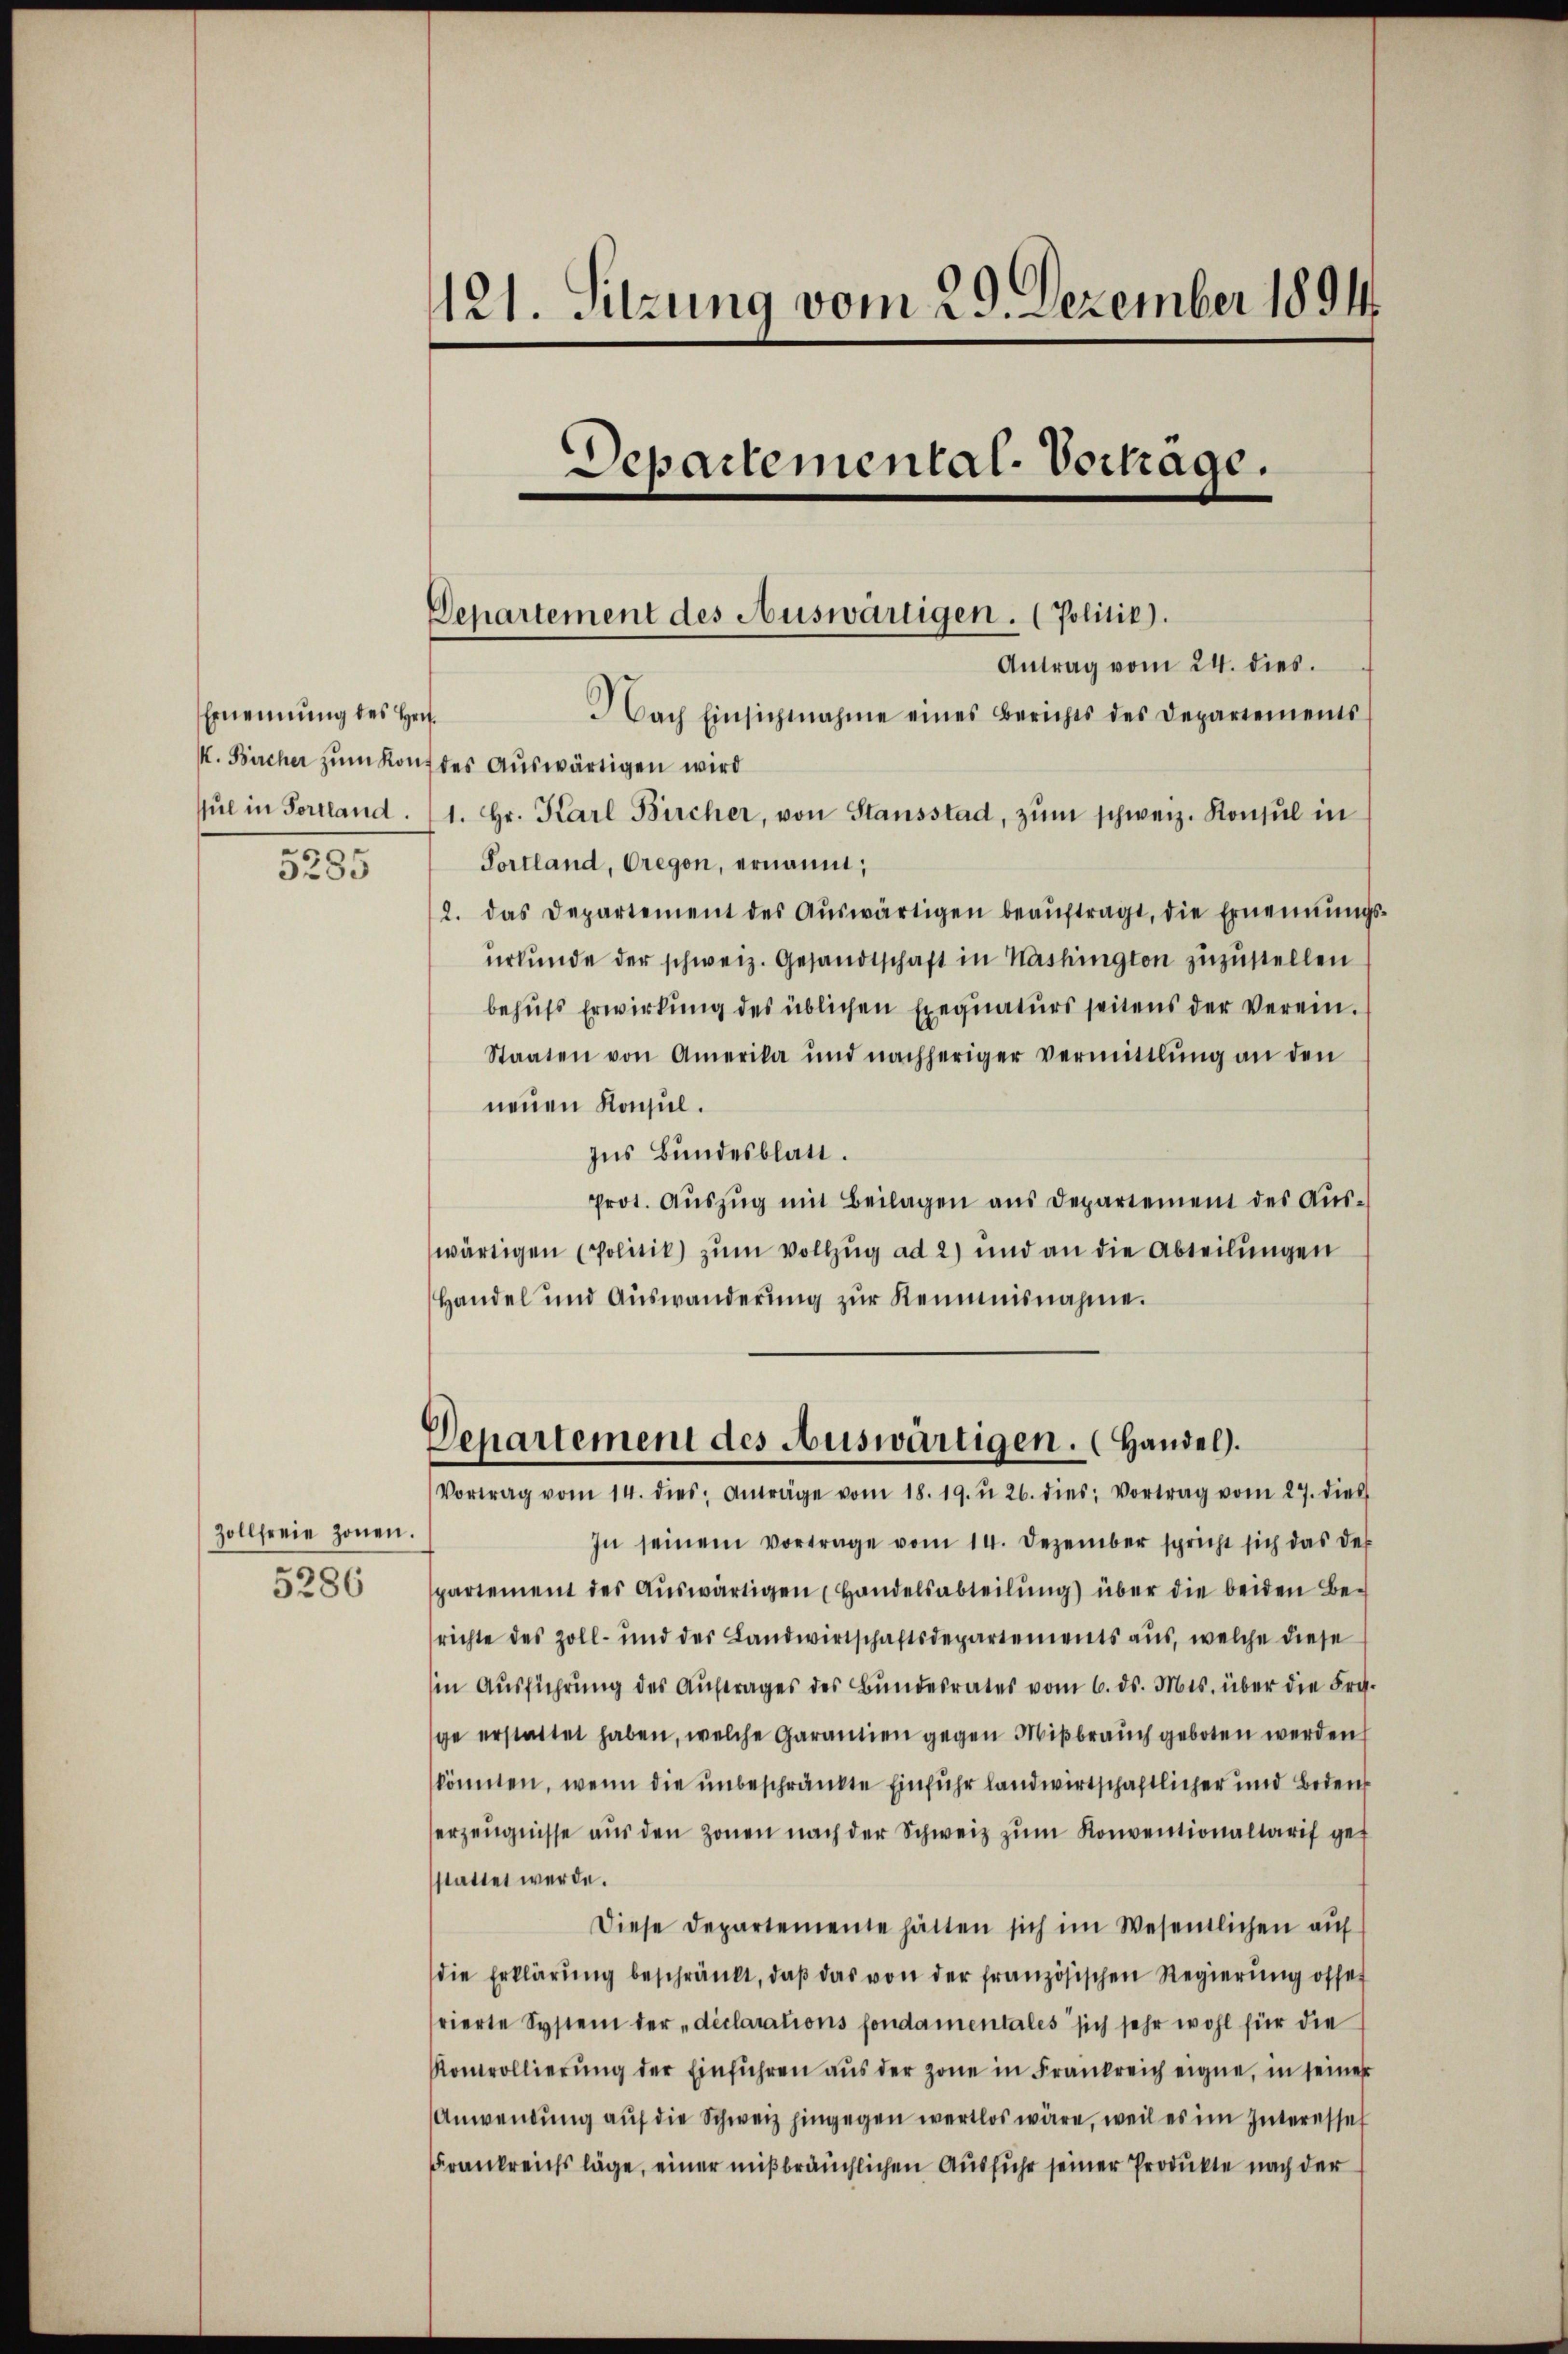
Ernennung des Hei¬
5285

Zollfreie Zonen.
5286

121. Sitzung vom 29. Dezember 1894.
Departemental-Vortrage.

Departement des Auswärtigen. (Politik).

Antrag vom 24. dies.
Nach Einsichtnahme eines Berichts des Departements
k. Bircher zum Kauf des Auswärtigen wird
sŭl in Portland. (1. Hr. Karl Bircher, von Stansstad, zŭm schweiz. Konsul in
Portland, regen, ernannt;
2. das Departement des Aŭswärtigen beaŭftragt, die Ernennung
urkunde der schweiz. Gesandtschaft in Washington zuzustellen
behufs Erwirkung des üblichen Exequaturs seitens der Verein.
Staaten von Amerika und nachheriger vermittlung an den
neuen Konsul.
Ins Bundesblatt.
Prot. Auszug mit Beilagen aus Departement des Auswärtigen (Politik) zum Vollzug ad 2) und an die Abteilungen
Handel und Auswanderung zur Reimnisnahme.
Departement des Auswärtigen. (Handel.
Vortrag vom 14. dies Anträge vom 18. 19. u 26. dies Vortrag vom 27. dies
In seinem Vortrage vom 14. Dezember spricht sich das der
spartement des Aŭswärtigen (Handelsabteilŭng über die beiden Be-
richte des Zoll- und des Landwirtschaftsdepartements aus, welche diese
in Aŭsführŭng des Aŭftrages des Bŭndesrates vom 6. ds. Mts. über die Fra
ge erstattet haben, welche Garantien gegen Mißbrauch geboten werden
könnten, wenn die unbeschränkte Einfuhr landwirtschaftlicher und Bedenf
erzeugnisse aus den Zonen nach der Schweiz zum Konventionaltarif ge
sstattet werde.
Diese Departemente hätten sich im Wesentlichen auf
die Erklärŭng beschränkt, daβ das von der französischen Regierŭng offe
frierte System der „déclarations fondamentales sich sehr wohl für die
Komrollierŭng der Einführen aus der Zone in Frankreich eigne, in seiner
Anwendung auf die Schweiz hingegen wertlos wäre, weil es im Interessel
Frankreichs läge, einer mißbräuchlichen Ausfuhr seiner Produkte nach der